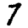
Digit: 7